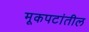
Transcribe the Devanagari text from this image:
मूकपटांतील